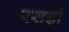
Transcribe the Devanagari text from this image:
रसज्ञों